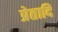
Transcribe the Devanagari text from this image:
प्रेतादि